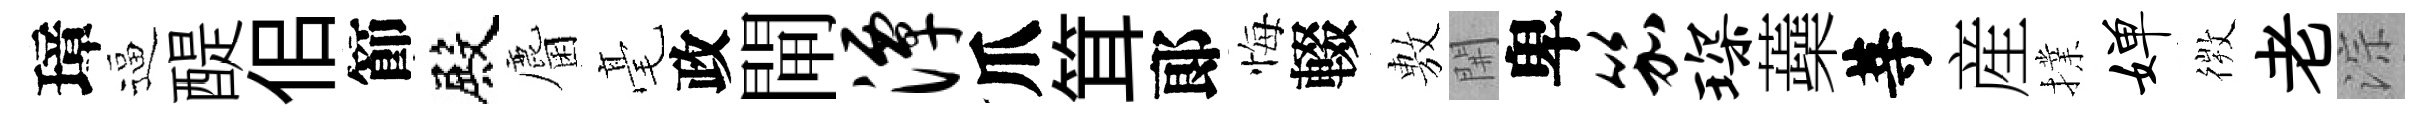
璋逼醍佀節殿麕毫政閘潭爪䇯郞悔輟𢾾𨳩卑笳琛蘃䓁産擈婵𢕄老淙